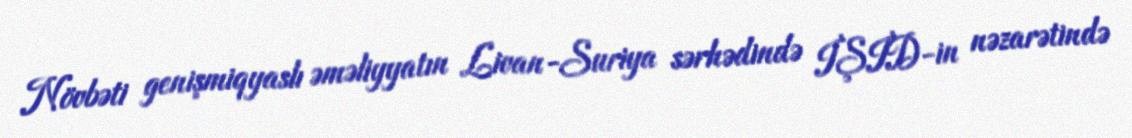
Növbəti genişmiqyaslı əməliyyatın Livan-Suriya sərhədində İŞİD-in nəzarətində